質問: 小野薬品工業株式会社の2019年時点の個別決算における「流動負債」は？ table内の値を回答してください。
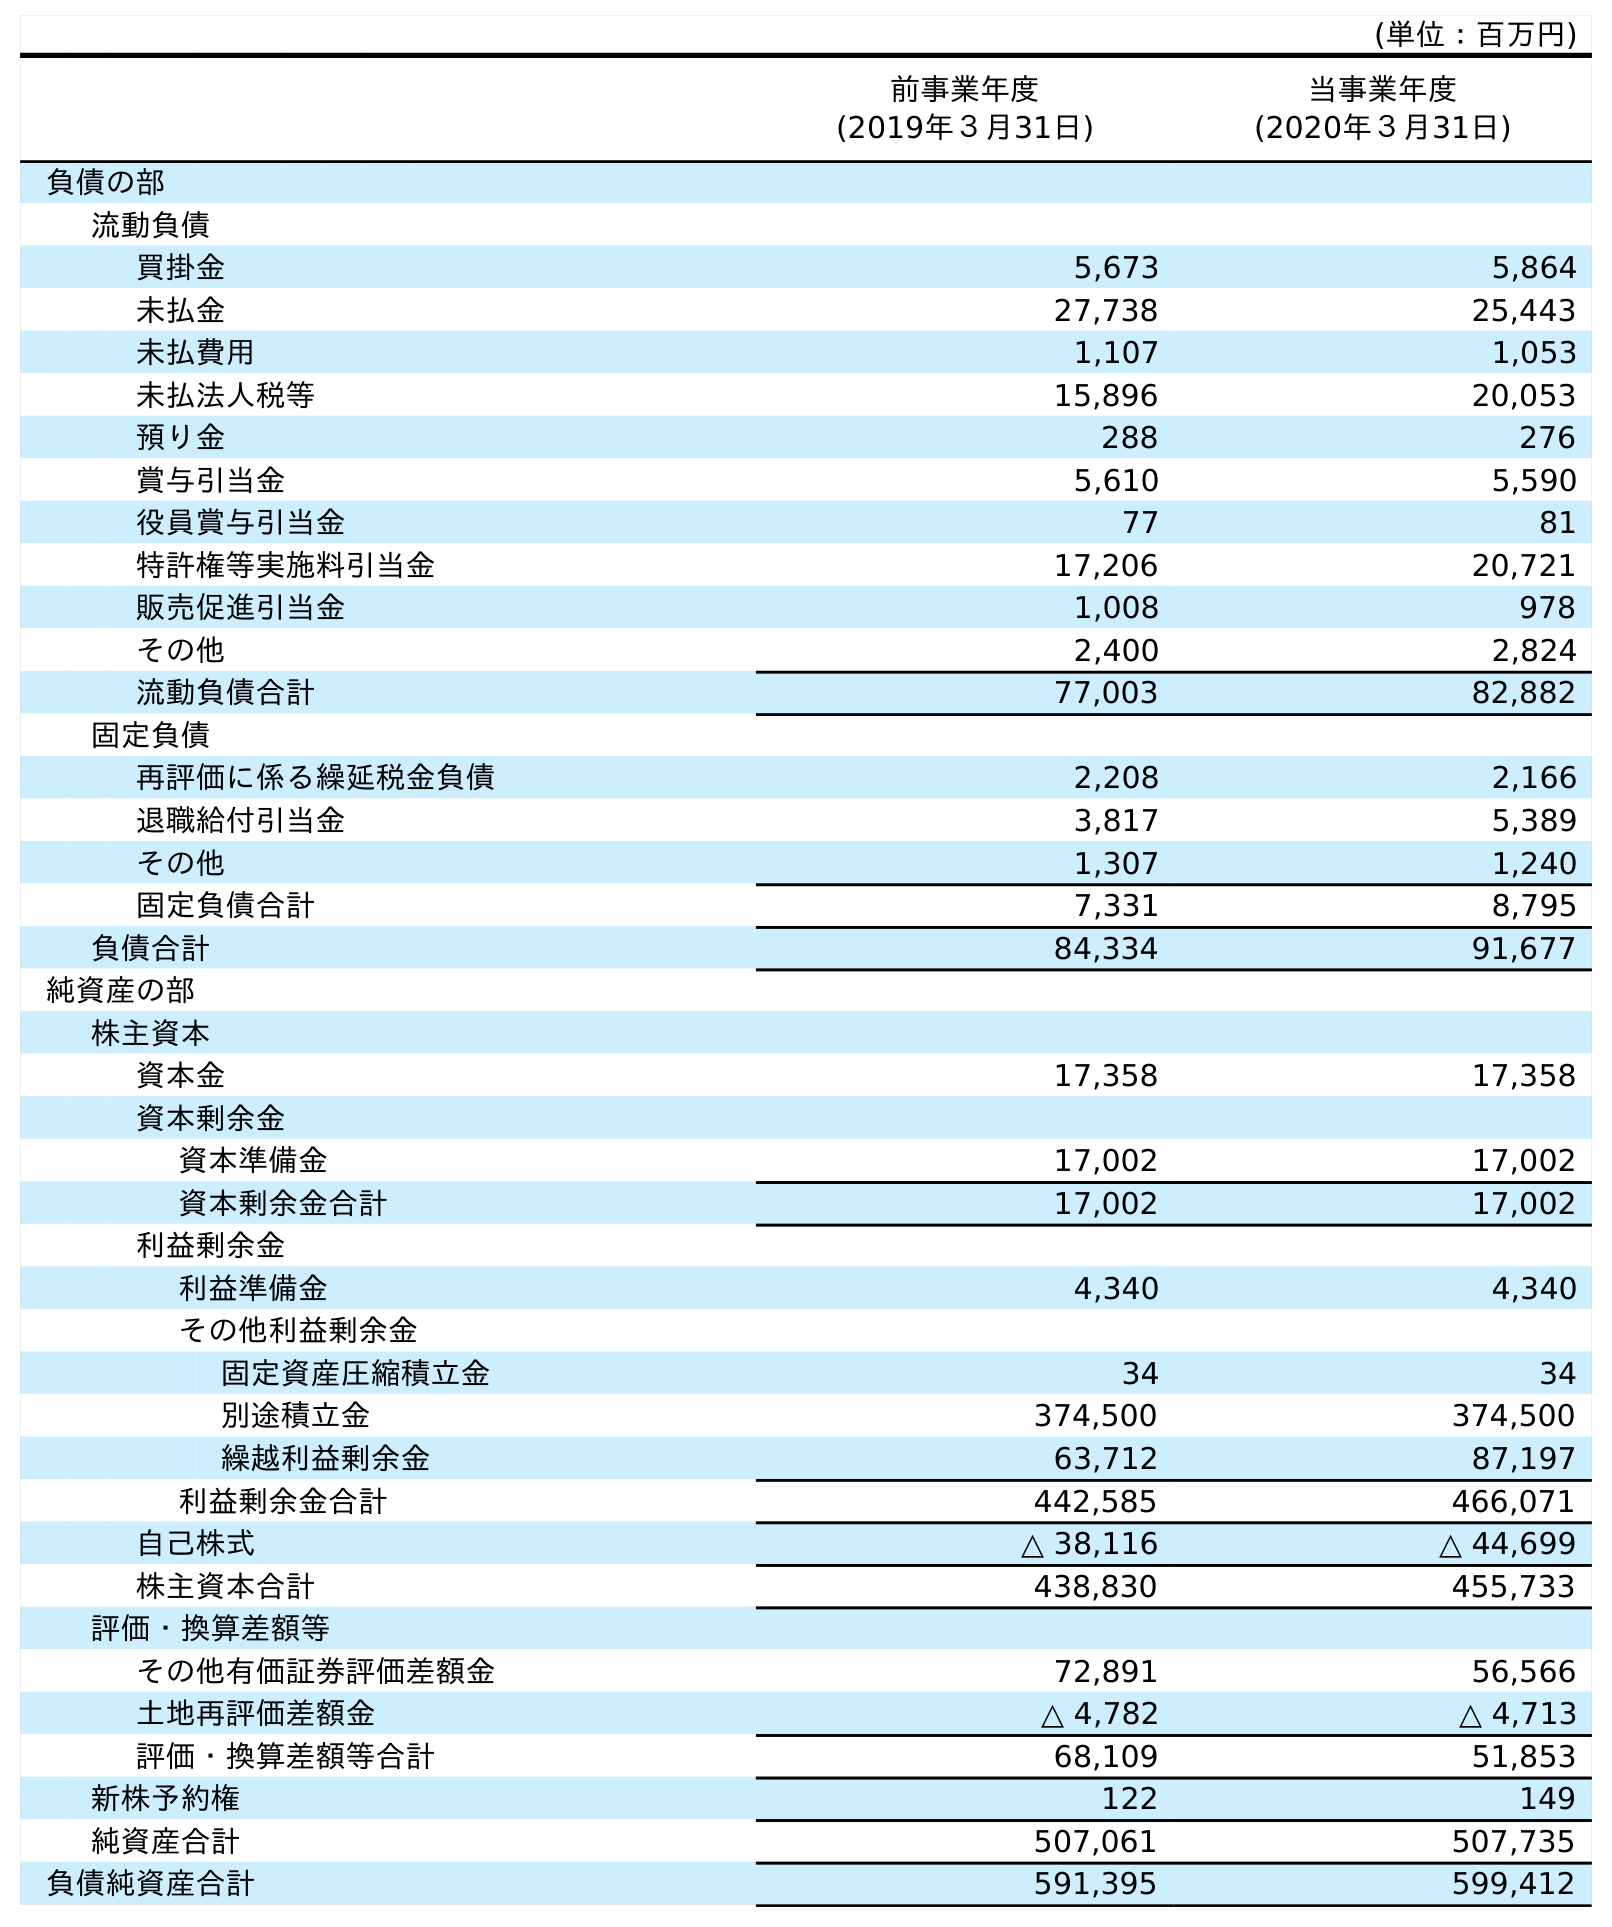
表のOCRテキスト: (単位：百万円) 前事業年度 (2019年３月31日) 当事業年度 (2020年３月31日) 負債の部 流動負債 買掛金 5,673 5,864 未払金 27,738 25,443 未払費用 1,107 1,053 未払法人税等 15,896 20,053 預り金 288 276 賞与引当金 5,610 5,590 役員賞与引当金 77 81 特許権等実施料引当金 17,206 20,721 販売促進引当金 1,008 978 その他 2,400 2,824 流動負債合計 77,003 82,882 固定負債 再評価に係る繰延税金負債 2,208 2,166 退職給付引当金 3,817 5,389 その他 1,307 1,240 固定負債合計 7,331 8,795 負債合計 84,334 91,677 純資産の部 株主資本 資本金 17,358 17,358 資本剰余金 資本準備金 17,002 17,002 資本剰余金合計 17,002 17,002 利益剰余金 利益準備金 4,340 4,340 その他利益剰余金 固定資産圧縮積立金 34 34 別途積立金 374,500 374,500 繰越利益剰余金 63,712 87,197 利益剰余金合計 442,585 466,071 自己株式 △ 38,116 △ 44,699 株主資本合計 438,830 455,733 評価・換算差額等 その他有価証券評価差額金 72,891 56,566 土地再評価差額金 △ 4,782 △ 4,713 評価・換算差額等合計 68,109 51,853 新株予約権 122 149 純資産合計 507,061 507,735 負債純資産合計 591,395 599,412
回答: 77,003